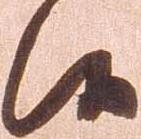
候